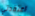
اعتقدتي